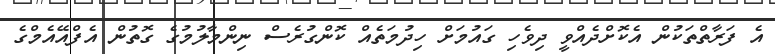
އެ ފަރާތްތަކުން އެކޮށްދެއްވީ ދިވެހި ގައުމަށް ހިދުމަތެއް ކޮންގުރެސް ނިންމާލުމުގެ ގޮތުން އެފްއޭއެމްގެ